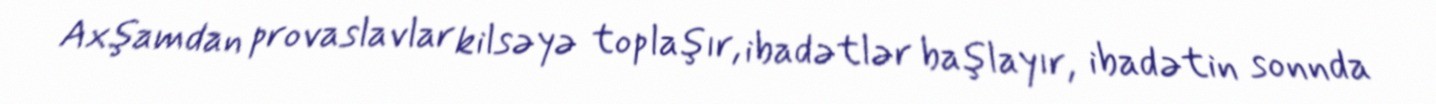
Axşamdan provaslavlar kilsəyə toplaşır, ibadətlər başlayır, ibadətin sonnda